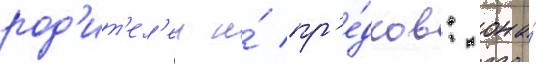
род'ит'ел'еи и́ пр'е́дков: она́